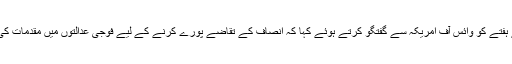
سپریم کورٹ کے سینئر وکیل کامران مرتضیٰ نے ہفتے کو وائس آف امریکہ سے گفتگو کرتے ہوئے کہا کہ انصاف کے تقاضے پورے کرنے کے لیے فوجی عدالتوں میں مقدمات کی شفاف کارروائی کو یقینی بنانا بہت ضروری ہے۔